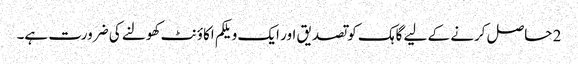
2 حاصل کرنے کے لیے گاہک کو تصدیق اور ایک ویلکم اکاؤنٹ کھولنے کی ضرورت ہے۔